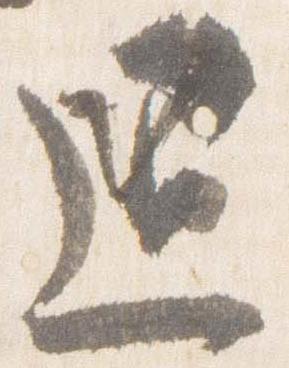
退